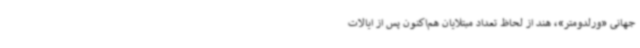
جهانی «ورلدومتر»، هند از لحاظ تعداد مبتلایان هم‌اکنون پس از ایالات